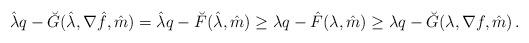
LaTeX: \begin{align*} \hat\lambda q- \breve G(\hat\lambda,\nabla\hat f,\hat m)=\hat\lambda q-\breve F( \hat\lambda,\hat m)\ge\lambda q-\hat F( \lambda,\hat m) \ge \lambda q- \breve G(\lambda,\nabla f,\hat m)\,.\end{align*}